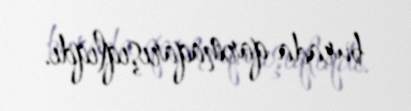
burada qarmaqarışıqlıqdı.